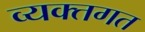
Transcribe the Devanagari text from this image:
व्यक्तगत